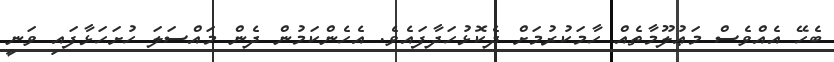
ބެހޭ އެއްވެސް މަޢުލޫމާތެއް ހާމަކުރުމަށް ދެކޮޅުހަދާފައެވެ. އެހެންކަމުން ދެން މައްސަލަ ހުށަހަޅާފައި ވަނީ